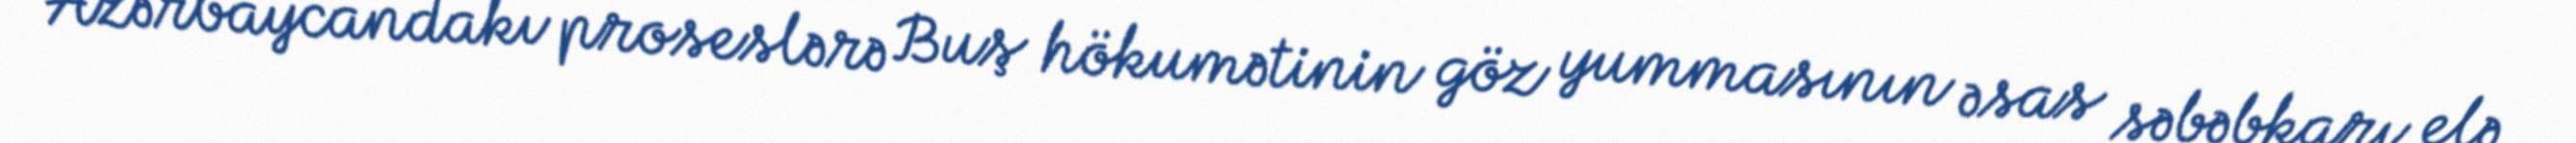
Azərbaycandakı proseslərə Buş hökumətinin göz yummasının əsas səbəbkarı elə